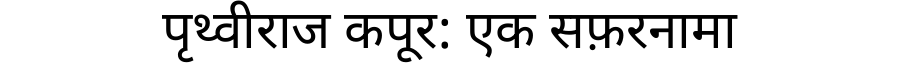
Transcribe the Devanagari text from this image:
पृथ्वीराज कपूर: एक सफ़रनामा